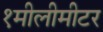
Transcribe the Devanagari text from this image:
१मीलीमीटर